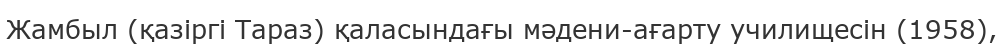
Жамбыл (қазіргі Тараз) қаласындағы мәдени-ағарту училищесін (1958),